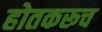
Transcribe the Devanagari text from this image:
होतकरूच